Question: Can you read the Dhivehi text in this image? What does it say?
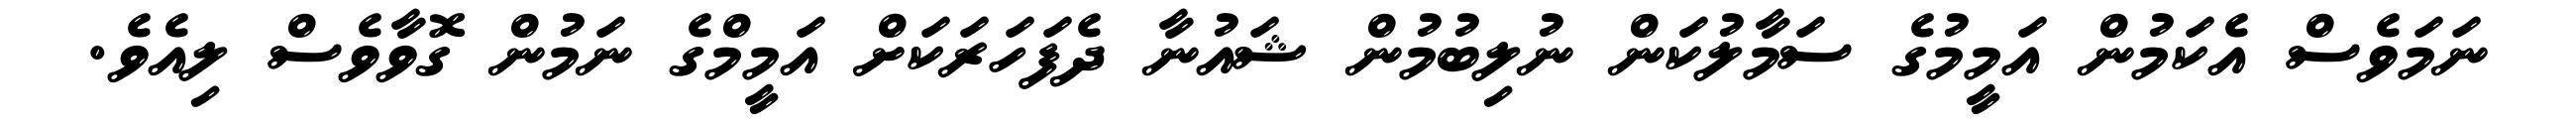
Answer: ނަމަވެސް އެކަމުން އަމީމުގެ ސަމާލުކަން ނުލިބުމުން ޝައުނާ ދެފަހަރަކަށް އަމީމްގެ ނަމުން ގޮވާވެސް ލިއެވެ.